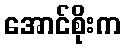
အောင်စိုးက